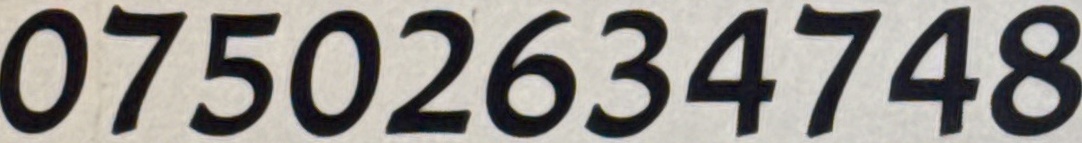
07502634748